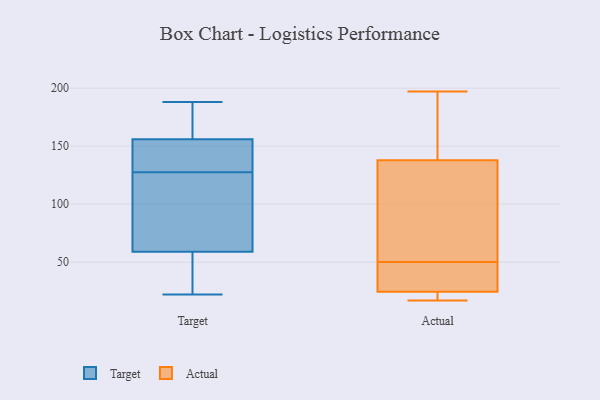
{"axis": {"x": "Page Views", "y": "Value"}, "legend": ["Actual", "Target"], "data": [{"x": "", "y": 75, "type": "Target"}, {"x": "", "y": 109, "type": "Target"}, {"x": "", "y": 59, "type": "Target"}, {"x": "", "y": 172, "type": "Target"}, {"x": "", "y": 188, "type": "Target"}, {"x": "", "y": 156, "type": "Target"}, {"x": "", "y": 27, "type": "Target"}, {"x": "", "y": 146, "type": "Target"}, {"x": "", "y": 150, "type": "Target"}, {"x": "", "y": 22, "type": "Target"}, {"x": "", "y": 113, "type": "Actual"}, {"x": "", "y": 45, "type": "Actual"}, {"x": "", "y": 19, "type": "Actual"}, {"x": "", "y": 197, "type": "Actual"}, {"x": "", "y": 50, "type": "Actual"}, {"x": "", "y": 78, "type": "Actual"}, {"x": "", "y": 100, "type": "Actual"}, {"x": "", "y": 23, "type": "Actual"}, {"x": "", "y": 18, "type": "Actual"}, {"x": "", "y": 146, "type": "Actual"}, {"x": "", "y": 146, "type": "Actual"}, {"x": "", "y": 48, "type": "Actual"}, {"x": "", "y": 171, "type": "Actual"}, {"x": "", "y": 24, "type": "Actual"}, {"x": "", "y": 17, "type": "Actual"}, {"x": "", "y": 78, "type": "Actual"}, {"x": "", "y": 27, "type": "Actual"}, {"x": "", "y": 26, "type": "Actual"}, {"x": "", "y": 179, "type": "Actual"}]}